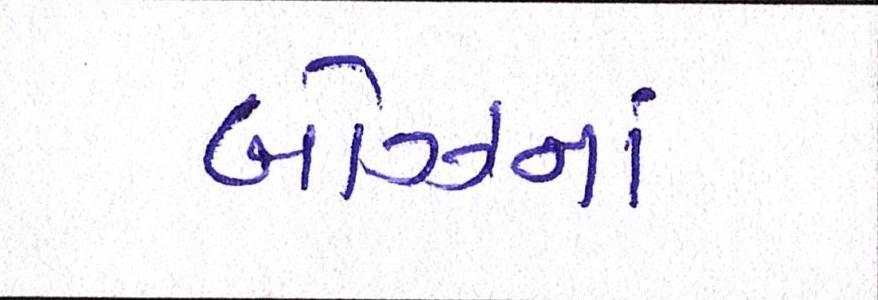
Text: બોઝનાં